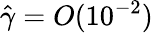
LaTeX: \hat{\gamma}=O(10^{-2})